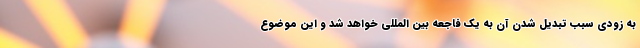
به زودی سبب تبدیل شدن آن به یک فاجعه بین المللی خواهد شد و این موضوع